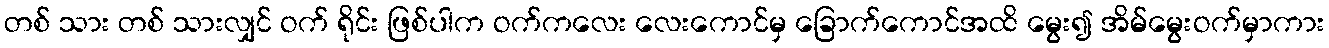
တစ် သား တစ် သားလျှင် ဝက် ရိုင်း ဖြစ်ပါက ဝက်ကလေး လေးကောင်မှ ခြောက်ကောင်အထိ မွေး၍ အိမ်မွေးဝက်မှာကား